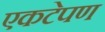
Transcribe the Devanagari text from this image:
एकटेपण